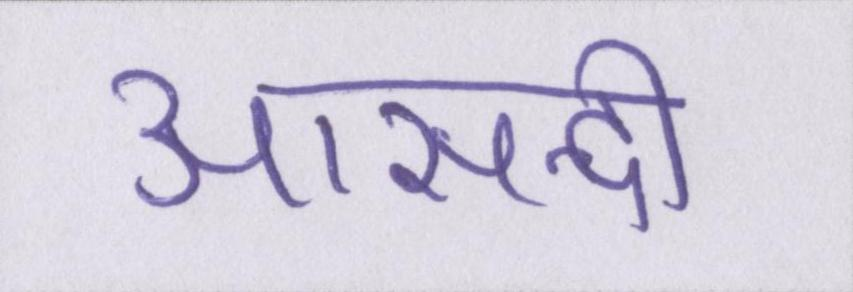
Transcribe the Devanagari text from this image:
आसन्दी